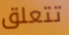
تتعلق